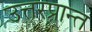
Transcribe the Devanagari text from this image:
उत्तरप्रान्त